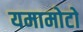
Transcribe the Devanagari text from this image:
यमामोटो